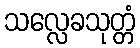
သလ္လေခသုတ္တံ